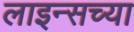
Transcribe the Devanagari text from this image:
लाइन्सच्या